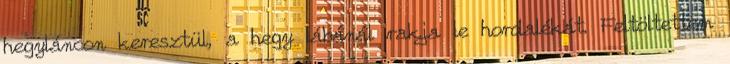
hegyláncon keresztül, a hegy lábánál rakja le hordalékát. Feltöltettem